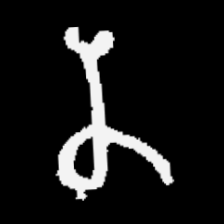
Pyu character \u2014 Myanmar letter: န (romanized: na)